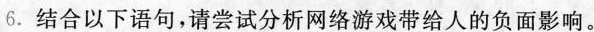
6. 结合以下语句，请尝试分析网络游戏带给人的负面影响。